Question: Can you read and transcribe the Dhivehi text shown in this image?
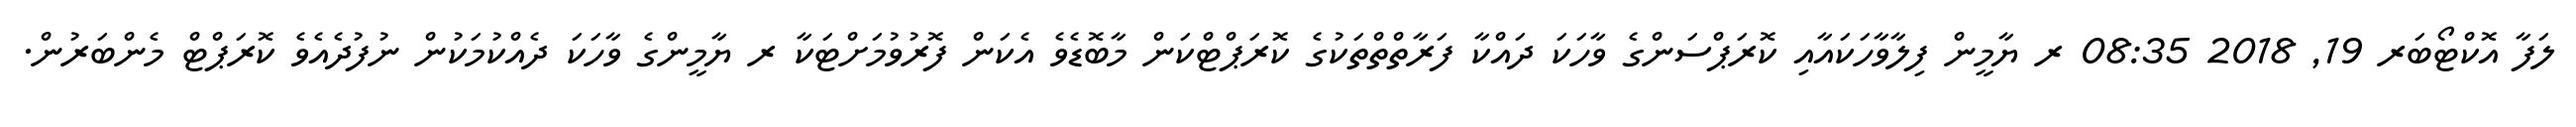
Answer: ލަފާ އޮކްޓޯބަރ 19, 2018 08:35 ރ ޔާމީން ފިލާވާހަކައާއި ކޮރަޕްސަންގެ ވާހަކަ ދައްކާ ފަރާތްތްތަކުގެ ކޮރަޕްޓްކަން މާބޮޑެވެ އެކަން ފޮރުވުމަށްޓަކާ ރ ޔާމީންގެ ވާހަކަ ދެއްކުމަކުން ނުފުދެއެވެ ކޮރަޕްޓް މެންބަރުން.